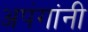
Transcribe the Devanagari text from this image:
अपंगांनी